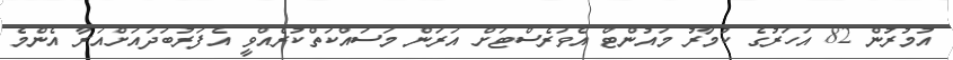
އުމުރުން 82 އަހަރުގެ ކުމާރު މައުންޓް އެވަރެސްޓަށް އަރަން މަސައްކަތްކުރެއްވީ އެފަރުބަދައަށްއަރާ އެންމެ